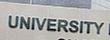
university